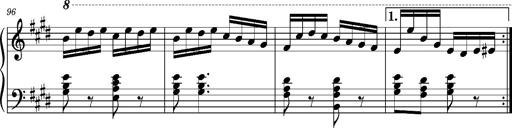
Title: Ungarischer Romanzero
Composer: Franz Liszt